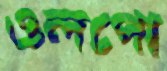
ওলপো